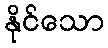
နိုင်သော